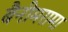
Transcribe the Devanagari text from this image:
बैनीमरामा